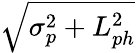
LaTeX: \sqrt{\sigma_{p}^{2}+L_{ph}^{2}}